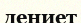
дениет